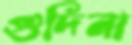
গুদিনা